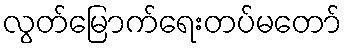
လွတ်မြောက်ရေးတပ်မတော်